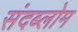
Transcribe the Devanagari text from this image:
संदब्लोम